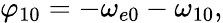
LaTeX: \varphi_{10}=-\omega_{e0}-\omega_{10},